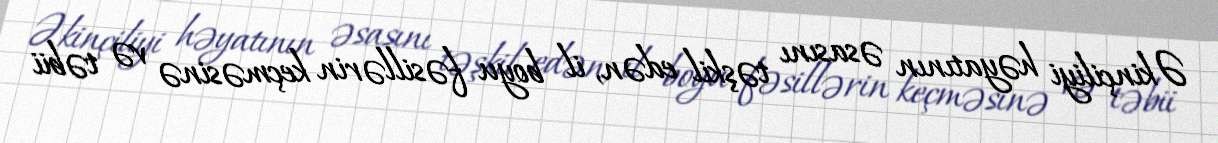
Əkinçiliyi həyatının əsasını təşkil edən, il boyu fəsillərin keçməsinə və təbii